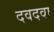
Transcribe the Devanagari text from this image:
दवदवा